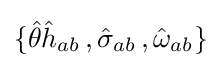
\{{\hat {\theta }}{\hat {h}}_{ab}\,,{\hat {\sigma }}_{ab}\,,{\hat {\omega }}_{ab}\}